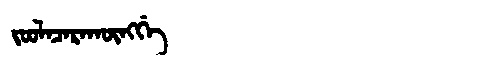
Manchu: ᠵᠣᠣᠯᠠᠴᠠᡵᠠᡴᡡᠩᡤᡝ
Romanization: JOOLACARAKŪNGGE